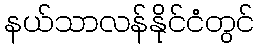
နယ်သာလန်နိုင်ငံတွင်